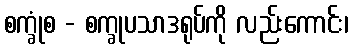
စက္ခုံစ - စက္ခုပသာဒရုပ်ကို လည်းကောင်း၊